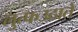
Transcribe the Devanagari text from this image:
लुत्फउठाते